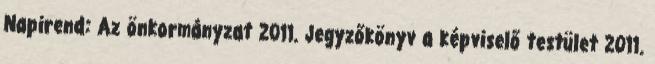
Napirend: Az önkormányzat 2011. Jegyzőkönyv a képviselő testület 2011.